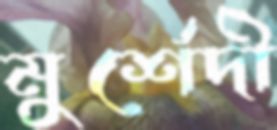
মুর্শেদী